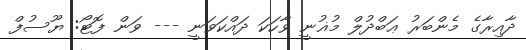
ދާއިރާގެ މެންބަރު ޢަބްދުލް މުޣުނީ ވާހަކަ ދައްކަވަނީ --- ވަން ފޮޓޯ: ޔޫސުފް